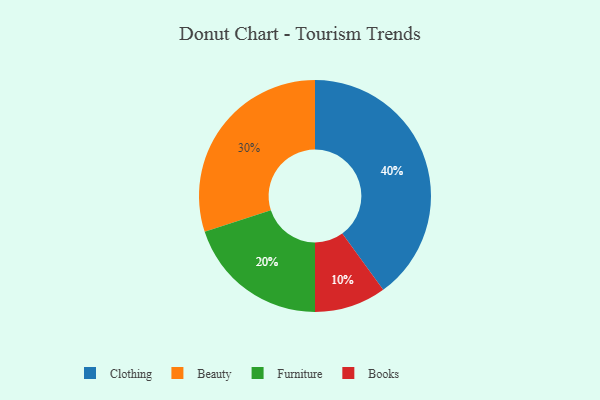
{"axis": {"x": "Category", "y": "Percentage"}, "legend": ["Beauty", "Books", "Clothing", "Furniture"], "data": [{"x": "Beauty", "y": 30, "type": "Beauty"}, {"x": "Books", "y": 10, "type": "Books"}, {"x": "Furniture", "y": 20, "type": "Furniture"}, {"x": "Clothing", "y": 40, "type": "Clothing"}]}